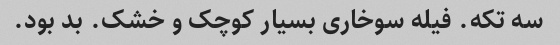
سه تکه. فیله سوخاری بسیار کوچک و خشک. بد بود.